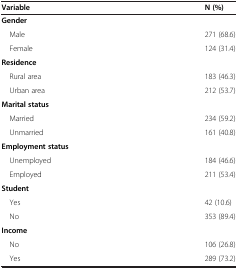
<table><thead><tr><td><b>Variable</b></td><td><b>N (%)</b></td></tr></thead><tbody><tr><td colspan="2"><b>Gender</b></td></tr><tr><td> Male</td><td>271 (68.6)</td></tr><tr><td> Female</td><td>124 (31.4)</td></tr><tr><td colspan="2"><b>Residence</b></td></tr><tr><td> Rural area</td><td>183 (46.3)</td></tr><tr><td> Urban area</td><td>212 (53.7)</td></tr><tr><td colspan="2"><b>Marital status</b></td></tr><tr><td> Married</td><td>234 (59.2)</td></tr><tr><td> Unmarried</td><td>161 (40.8)</td></tr><tr><td><b>Employment status</b></td><td> </td></tr><tr><td> Unemployed</td><td>184 (46.6)</td></tr><tr><td> Employed</td><td>211 (53.4)</td></tr><tr><td><b>Student</b></td><td> </td></tr><tr><td> Yes</td><td>42 (10.6)</td></tr><tr><td> No</td><td>353 (89.4)</td></tr><tr><td><b>Income</b></td><td> </td></tr><tr><td> No</td><td>106 (26.8)</td></tr><tr><td> Yes</td><td>289 (73.2)</td></tr></tbody></table>